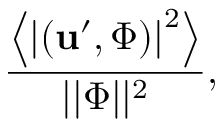
\frac { \left< \left| ( \mathbf { u } ^ { \prime } , \boldsymbol { \Phi } ) \right| ^ { 2 } \right> } { | | \boldsymbol { \Phi } | | ^ { 2 } } ,